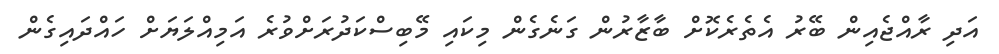
އަދި ރާއްޖެއިން ބޭރު އެތެރެކޮށް ބާޒާރުން ގަނެގެން މިކައި މޭބިސްކަދުރަށްވުރެ އަމިއްލަޔަށް ހައްދައިގެން